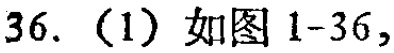
36.（1）如图1-36，